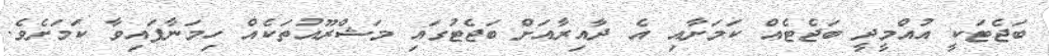
ބަޖެޓަކީ އުއްމީދީ ބަޖެޓެއް ކަމަށާއި އެ ދާއިރާއަށް ބަޖެޓުގައި މަޝްރޫއުތަކެއް ހިމަނާފައިވާ ކަަމަށެވެ.